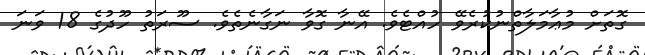
ގޮތަށް މުޢާމަލާތްނުކުރެވޭ ހުއްޓެވެ. އޭނާ ގޮވާ ނަގާނެތެވެ. ސޫރަތު ހޫދުގެ 18 ވަނަ